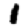
Digit: 1